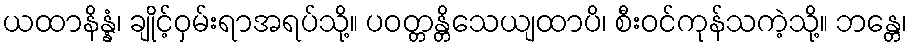
ယထာနိန္နံ၊ ချိုင့်ဝှမ်းရာအရပ်သို့။ ပဝတ္တန္တိသေယျထာပိ၊ စီးဝင်ကုန်သကဲ့သို့။ ဘန္တေ၊